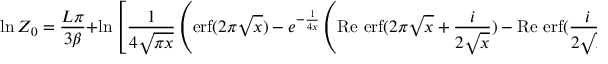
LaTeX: \ln Z _ { 0 } = \frac { L \pi } { 3 \beta } + \ln \left[ \frac { 1 } { 4 \sqrt { \pi x } } \left( \mathrm { e r f } ( 2 \pi \sqrt { x } ) - e ^ { - \frac { 1 } { 4 x } } \left( \mathrm { R e ~ e r f } ( 2 \pi \sqrt { x } + \frac { i } { 2 \sqrt { x } } ) - \mathrm { R e ~ e r f } ( \frac { i } { 2 \sqrt { x } } ) \right) \right) \right]